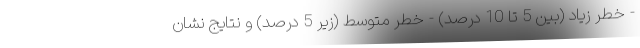
- خطر زیاد (بین 5 تا 10 درصد) - خطر متوسط (زیر 5 درصد) و نتایج نشان